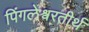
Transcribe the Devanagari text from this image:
पिंगलेश्वरतीर्थ